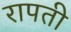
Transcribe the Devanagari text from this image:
रापती